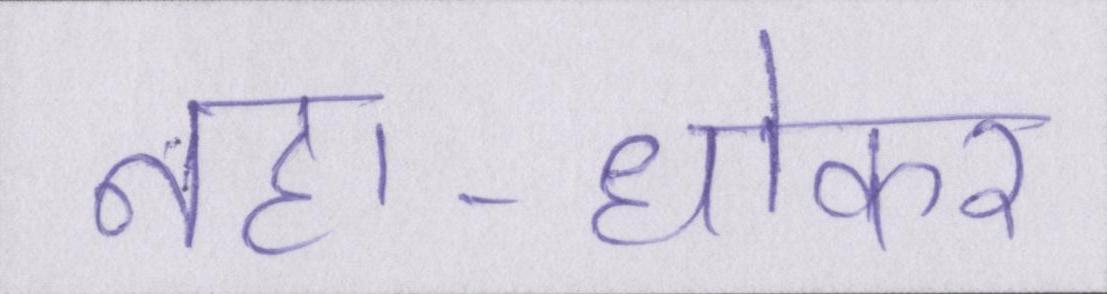
नहा-धोकर